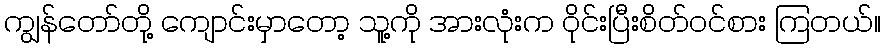
ကျွန်တော်တို့ ကျောင်းမှာတော့ သူ့ကို အားလုံးက ဝိုင်းပြီးစိတ်ဝင်စား ကြတယ်။